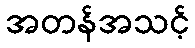
အတန်အသင့်